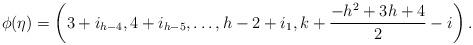
LaTeX: \begin{align*}\phi(\eta)=\left(3+i_{h-4},4+i_{h-5},\dots,h-2+i_1,k+\frac{-h^2+3h+4}{2}-i\right).\end{align*}